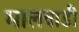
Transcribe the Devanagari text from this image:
मालवाडी